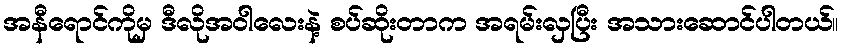
အနီရောင်ကိုမှ ဒီလိုအဝါလေးနဲ့ စပ်ဆိုးတာက အရမ်းလှပြီး အသားဆောင်ပါတယ်။